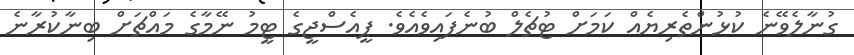
ގުނާލެވޭނެ ކުޅުންތެރިޔެއް ކަމަށް ޓުޗެލް ބުނެފައިވެއެވެ. ޕީއެސްޖީގެ ޓީމު ނޭމާގެ މައްޗަށް ބިނާކުރާނެ